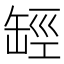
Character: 𦈵